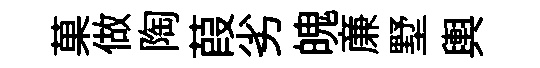
菓做陶葭劣魄亷墅輿